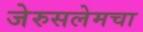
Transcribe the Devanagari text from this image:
जेरुसलेमचा